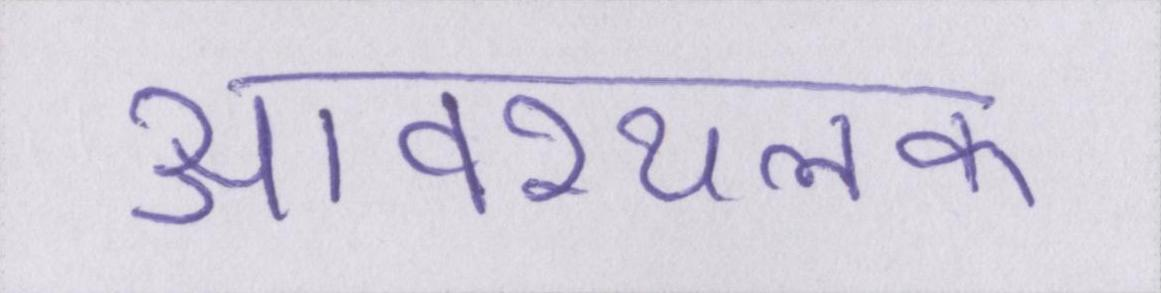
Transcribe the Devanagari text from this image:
आवश्यलक